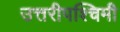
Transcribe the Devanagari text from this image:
उत्तरीपश्चिमी